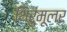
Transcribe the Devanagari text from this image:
थिरुमूलर